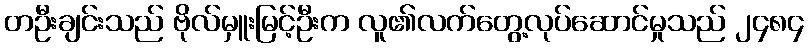
တဦးချင်းသည် ဗိုလ်မှူးမြင့်ဦးက လူ၏လက်တွေ့လုပ်ဆောင်မှုသည် ၂၄၈၄